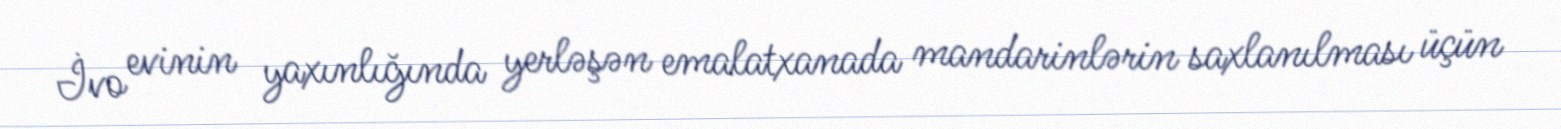
İvo evinin yaxınlığında yerləşən emalatxanada mandarinlərin saxlanılması üçün